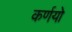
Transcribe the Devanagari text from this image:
कर्णयो